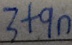
3 + 9 n